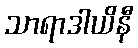
သာရာဒါယိနီ